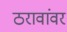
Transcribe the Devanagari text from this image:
ठरावांवर